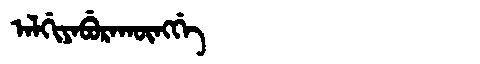
Manchu: ᠠᠯᡤᡳᠶᠠᠪᡠᡵᠠᡴᡡᠩᡤᡝ
Romanization: ALGIYABURAKŪNGGE